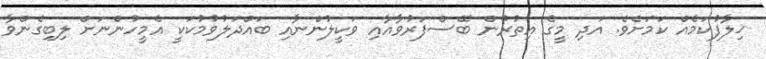
ޚިލާފުކަމެއް ކަމަށެވެ. އަދި މީގެ އިތުރުން ބޭސްފަރުވާއާއި ވަކީލުންނާއި ބައްދަލުވުމުކަކީ އެމީހުންނަށް ލިބިގެންވާ